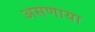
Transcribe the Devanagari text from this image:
असणाया